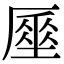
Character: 𠪪